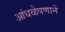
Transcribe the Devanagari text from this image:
आंधळेपणाने